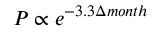
P \propto e ^ { - 3 . 3 \Delta m o n t h }